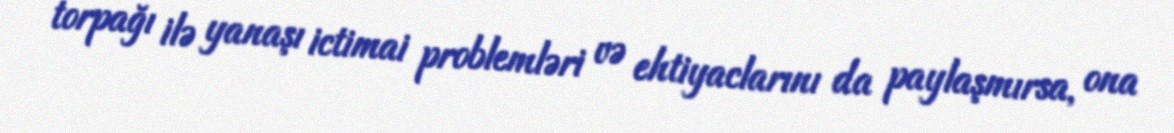
torpağı ilə yanaşı ictimai problemləri və ehtiyaclarını da paylaşmırsa, ona